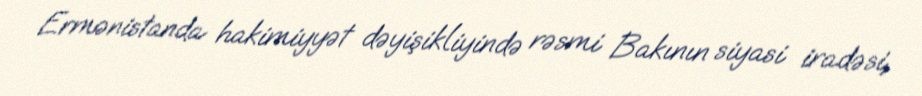
Ermənistanda hakimiyyət dəyişikliyində rəsmi Bakının siyasi iradəsi,